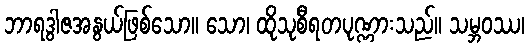
ဘာရဒွါဇအနွယ်ဖြစ်သော။ သော၊ ထိုသုစီရတပုဏ္ဏားသည်။ သမ္ဘဝဿ၊